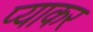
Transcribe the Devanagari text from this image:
प्याकर